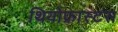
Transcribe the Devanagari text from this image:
थियोफ्रास्टस